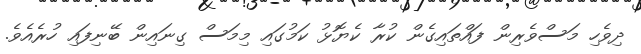
ދިވެހި މަސްވެރިން ފައްތައިގެން ކުރާ ކެޔޮޅު ކަމުގައި މިމަސް ގިނައިން ބޭނިފައި ހުރެއެވެ.